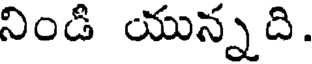
నిండి యున్నది.